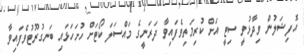
އޮފިޝަލުން ވިދާޅުވީ ސިޓީ އަށް ކުރިމަތިވެފައިވާ ދަރަނީގެ މައްސަލަ ކޯޓަށް ހުށަހަޅައި ބަނގުރޫޓުވެފައިވާ